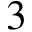
3